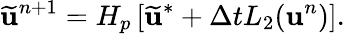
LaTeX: \widetilde{\mathbf{u}}^{n+1}=H_{p}\left[\widetilde{\mathbf{u}}^{*}+\Delta tL_{2}(\mathbf{u}^{n})\right].